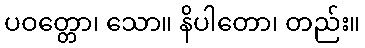
ပဝတ္တော၊ သော။ နိပါတော၊ တည်း။